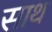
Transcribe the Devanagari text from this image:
साथ